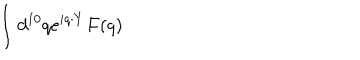
\int d ^ { 1 0 } q e ^ { i q \cdot Y } F ( q )